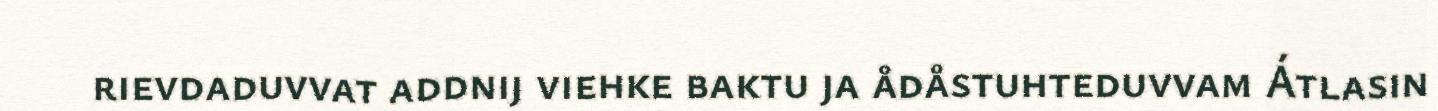
rievdaduvvat addnij viehke baktu ja ådåstuhteduvvam Átlasin